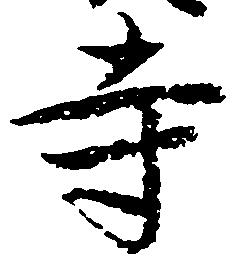
寺